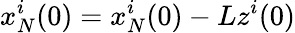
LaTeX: x_{N}^{i}(0)=x_{N}^{i}(0)-Lz^{i}(0)